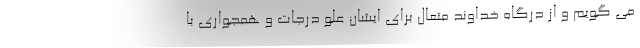
می گویم و از درگاه خداوند متعال برای ایشان علو درجات و همجواری با